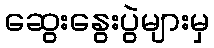
ဆွေးနွေးပွဲများမှ